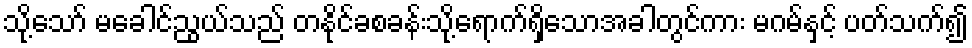
သို့သော် မခေါင်ညွယ်သည် တနိုင်ခစခန်းသို့ရောက်ရှိသောအခါတွင်ကား မဂမ်နှင့် ပတ်သက်၍